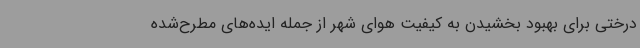
درختی برای بهبود بخشیدن به کیفیت هوای شهر از جمله ایده‌های مطرح‌شده